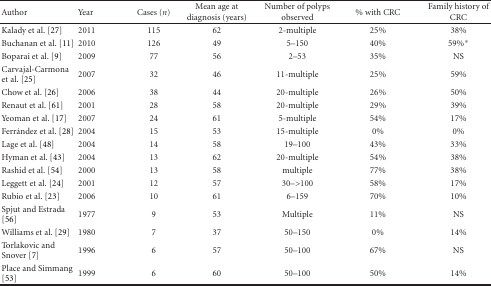
<table><thead><tr><td><b>Author</b></td><td><b>Year</b></td><td><b>Cases (<i>n</i>)</b></td><td><b>Mean age at diagnosis (years)</b></td><td><b>Number of polyps observed</b></td><td><b>% with CRC</b></td><td><b>Family history of CRC</b></td></tr></thead><tbody><tr><td>Kalady et al. [27]</td><td>2011</td><td>115</td><td>62</td><td>2-multiple</td><td>25%</td><td>38%</td></tr><tr><td>Buchanan et al. [11]</td><td>2010</td><td>126</td><td>49</td><td>5–150</td><td>40%</td><td>59%*</td></tr><tr><td>Boparai et al. [9]</td><td>2009</td><td>77</td><td>56</td><td>2–53</td><td>35%</td><td>NS</td></tr><tr><td>Carvajal-Carmona et al. [25]</td><td>2007</td><td>32</td><td>46</td><td>11-multiple</td><td>25%</td><td>59%</td></tr><tr><td>Chow et al. [26]</td><td>2006</td><td>38</td><td>44</td><td>20-multiple</td><td>26%</td><td>50%</td></tr><tr><td>Renaut et al. [61]</td><td>2001</td><td>28</td><td>58</td><td>20-multiple</td><td>29%</td><td>39%</td></tr><tr><td>Yeoman et al. [17]</td><td>2007</td><td>24</td><td>61</td><td>5-multiple</td><td>54%</td><td>17%</td></tr><tr><td>Ferrández et al. [28]</td><td>2004</td><td>15</td><td>53</td><td>15-multiple</td><td>0%</td><td>0%</td></tr><tr><td>Lage et al. [48]</td><td>2004</td><td>14</td><td>58</td><td>19–100</td><td>43%</td><td>33%</td></tr><tr><td>Hyman et al. [43]</td><td>2004</td><td>13</td><td>62</td><td>20-multiple</td><td>54%</td><td>38%</td></tr><tr><td>Rashid et al. [54]</td><td>2000</td><td>13</td><td>58</td><td>multiple</td><td>77%</td><td>38%</td></tr><tr><td>Leggett et al. [24]</td><td>2001</td><td>12</td><td>57</td><td>30–&gt;100</td><td>58%</td><td>17%</td></tr><tr><td>Rubio et al. [23]</td><td>2006</td><td>10</td><td>61</td><td>6–159</td><td>70%</td><td>10%</td></tr><tr><td>Spjut and Estrada [56]</td><td>1977</td><td>9</td><td>53</td><td>Multiple</td><td>11%</td><td>NS</td></tr><tr><td>Williams et al. [29]</td><td>1980</td><td>7</td><td>37</td><td>50–150</td><td>0%</td><td>14%</td></tr><tr><td>Torlakovic and Snover [7]</td><td>1996</td><td>6</td><td>57</td><td>50–100</td><td>67%</td><td>NS</td></tr><tr><td>Place and Simmang [53]</td><td>1999</td><td>6</td><td>60</td><td>50–100</td><td>50%</td><td>14%</td></tr></tbody></table>